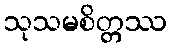
သုသမစိတ္တဿ